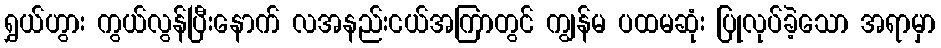
ရွှယ်ဟွား ကွယ်လွန်ပြီးနောက် လအနည်းငယ်အကြာတွင် ကျွန်မ ပထမဆုံး ပြုလုပ်ခဲ့သော အရာမှာ